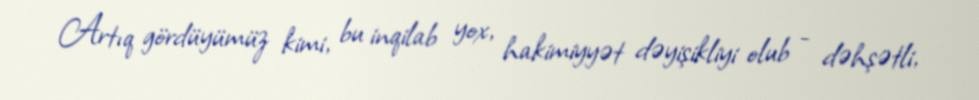
Artıq gördüyümüz kimi, bu inqilab yox, hakimiyyət dəyişikliyi olub - dəhşətli,